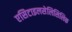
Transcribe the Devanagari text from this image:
एसिटाइलसेलिसिलिक